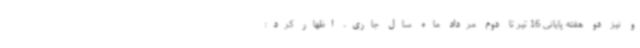
و نیز دو هفته پایانی 16 تیر تا دوم مرداد ماه سال جاری، اظهار کرد: